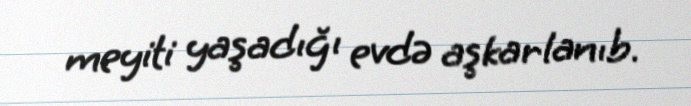
meyiti yaşadığı evdə aşkarlanıb.